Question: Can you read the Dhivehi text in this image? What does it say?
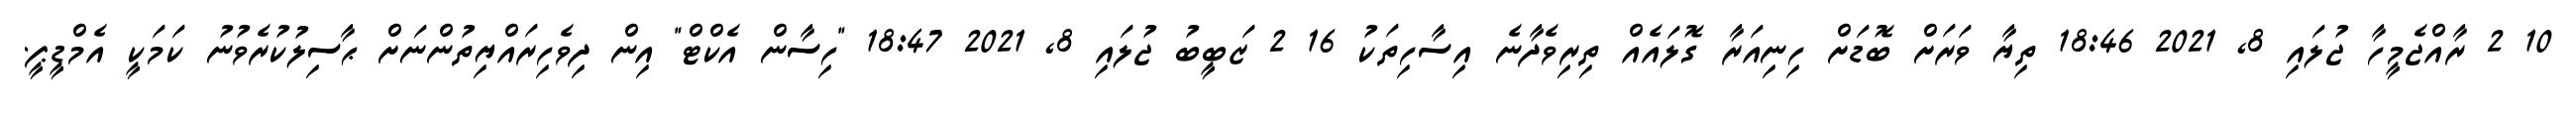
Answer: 10 2 ރާއްޖެމީހާ ޖުލައި 8, 2021 18:46 ތިޔާ ވަރަށް ބޮޑަށް ހިނިއަރާ ގޮލައެއް ތިރިވެދާނެ އިސާހިތަކު 16 2 ޒަބީބު ޖުލައި 8, 2021 18:47 "ހިސާން އެކްޓް" އިން ދިވެހިރައްޔިތުންނަށް ޙާސިލުކުރެވުނު ކަމަކީ އެމްޑީޕީ.